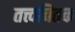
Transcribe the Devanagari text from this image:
तत्त्वचितक